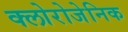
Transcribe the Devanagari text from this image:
क्लोरोजेनिक